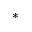
*